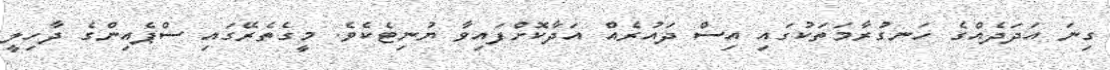
ގިނަ އަދަދެއްގެ ހަނގުރާމަތަކުގައި އިސް ދައުރެއް އަދާކޮށްފައިވާ ޔުނިޓެކެވެ. މީގެތެރޭގައި ސްޕެއިންގެ ދާހިލީ